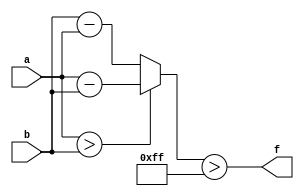
module wce_mit(a, b, f);
parameter _bit = 32;
parameter wce = 255;
input [_bit - 1: 0] a;
input [_bit - 1: 0] b;
output f;
wire [_bit - 1: 0] diff;
assign diff = (a > b)? (a - b): (b - a);
assign f = (diff > wce);
endmodule